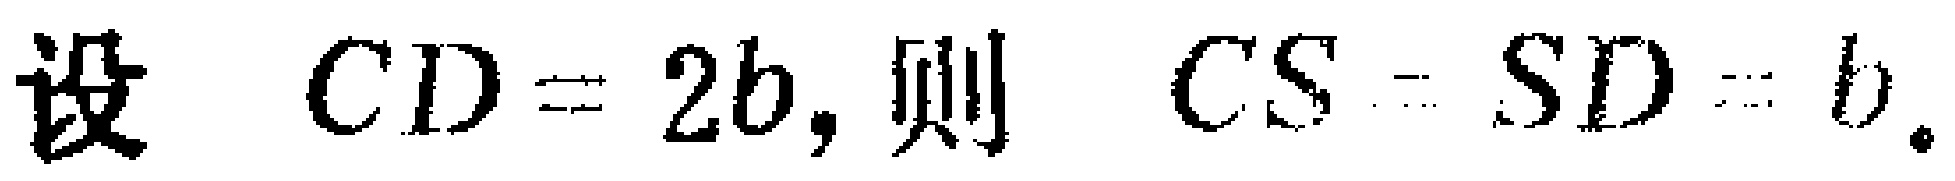
设 \(CD = 2b,\) 则 \(CS = SD = b.\)